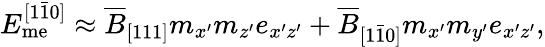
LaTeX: E_{\mathrm{me}}^{[1\bar{1}0]}\approx\overline{{B}}_{[111]}m_{x^{\prime}}m_{z^{\prime}}e_{x^{\prime}z^{\prime}}+\overline{{B}}_{[1\bar{1}0]}m_{x^{\prime}}m_{y^{\prime}}e_{x^{\prime}z^{\prime}},